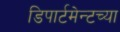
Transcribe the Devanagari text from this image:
डिपार्टमेन्टच्या